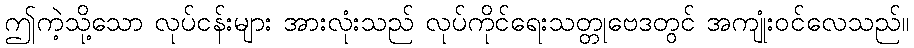
ဤကဲ့သို့သော လုပ်ငန်းများ အားလုံးသည် လုပ်ကိုင်ရေးသတ္တုဗေဒတွင် အကျုံးဝင်လေသည်။